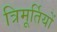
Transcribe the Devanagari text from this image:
त्रिमूर्तियों